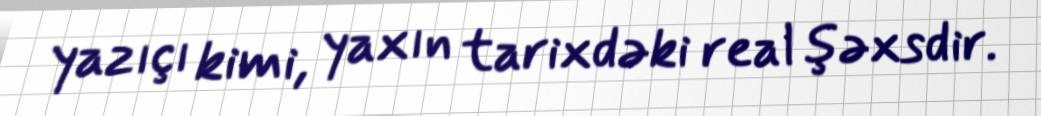
yazıçı kimi, yaxın tarixdəki real şəxsdir.